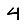
Digit: 4